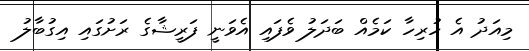
މިއަދު އެ ހުރިހާ ކަމެއް ބަދަލު ވެފައި އެވަނީ ފަރީޝާގެ ރަށުގައި އިގުބާލު